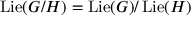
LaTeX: \operatorname { L i e } ( G / H ) = \operatorname { L i e } ( G ) / \operatorname { L i e } ( H )